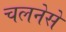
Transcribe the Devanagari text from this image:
चलनेसे